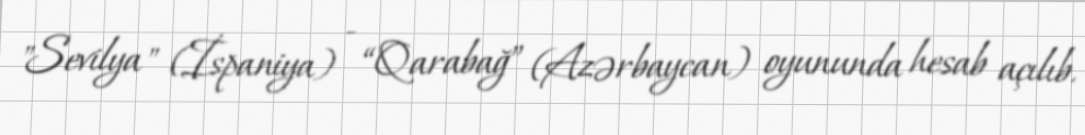
"Sevilya" (İspaniya) - “Qarabağ” (Azərbaycan) oyununda hesab açılıb.